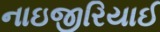
નાઇજીરિયાઈ